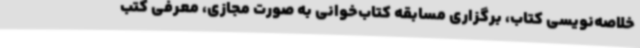
خلاصه‌نویسی کتاب، برگزاری مسابقه کتاب‌خوانی به صورت مجازی، معرفی کتب